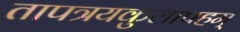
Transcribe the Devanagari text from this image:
तापत्रयकुलापहम्